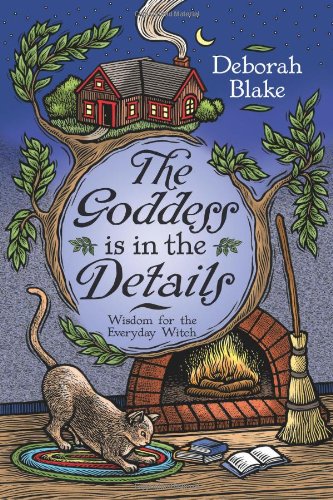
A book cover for The Goddess Is in the Details: Wisdom for the Everyday Witch; Deborah Blake; Religion & Spirituality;